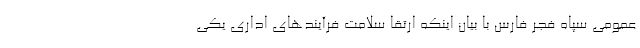
عمومی سپاه فجر فارس با بیان اینکه ارتقا سلامت فرآیندهای اداری یکی